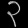
Digit: ၃